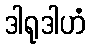
ဒါရုဒါဟံ